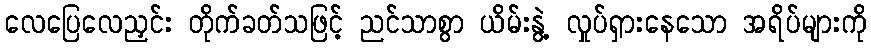
လေပြေလေညှင်း တိုက်ခတ်သဖြင့် ညင်သာစွာ ယိမ်းနွဲ့ လှုပ်ရှားနေသော အရိပ်များကို